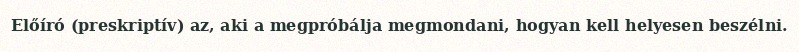
Előíró (preskriptív) az, aki a megpróbálja megmondani, hogyan kell helyesen beszélni.